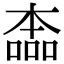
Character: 㮺